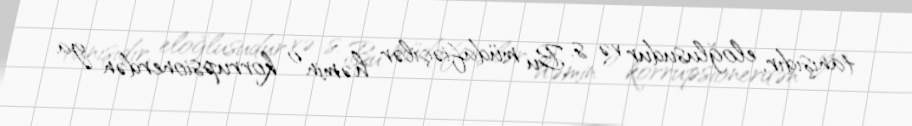
tanışıdır, eloğlusudur və s. Bu müdafiəçilər həmin o korrupsionerdən ya